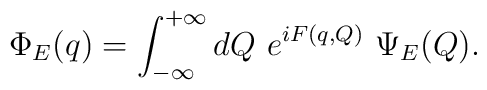
\Phi _E(q)=\int_{-\infty }^{+\infty }dQ~e^{iF(q,Q)}~\Psi _E(Q).